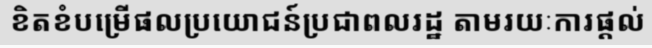
ខិតខំបម្រើផលប្រយោជន៍ប្រជាពលរដ្ឋ តាមរយៈការផ្តល់